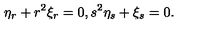
\eta _ { r } + r ^ { 2 } \xi _ { r } = 0 , s ^ { 2 } \eta _ { s } + \xi _ { s } = 0 .